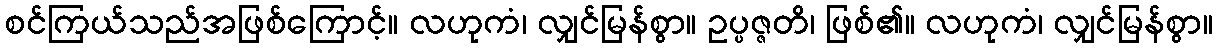
စင်ကြယ်သည်အဖြစ်ကြောင့်။ လဟုကံ၊ လျှင်မြန်စွာ။ ဥပ္ပဇ္ဇတိ၊ ဖြစ်၏။ လဟုကံ၊ လျှင်မြန်စွာ။